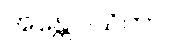
အန္တေဝါသိကာ